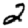
Digit: 2